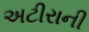
અટીરાની